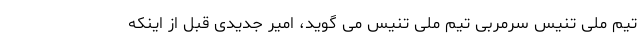
تیم ملی تنیس سرمربی تیم ملی تنیس می گوید، امیر جدیدی قبل از اینکه